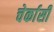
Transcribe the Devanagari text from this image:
चेर्कासी